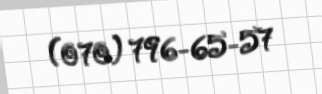
(070) 796-65-57